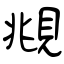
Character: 覜